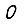
Digit: 0